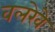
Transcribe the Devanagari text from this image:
वलरेवे